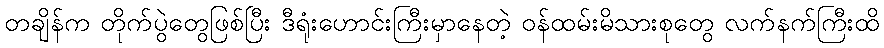
တချိန်က တိုက်ပွဲတွေဖြစ်ပြီး ဒီရုံးဟောင်းကြီးမှာနေတဲ့ ဝန်ထမ်းမိသားစုတွေ လက်နက်ကြီးထိ